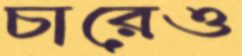
চারেও